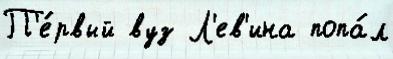
П'е́рвый вуз Л'ев'ина попа́л